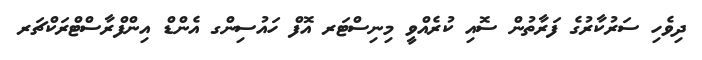
ދިވެހި ސަރުކާރުގެ ފަރާތުން ސޮއި ކުރެއްވީ މިނިސްޓަރ އޮފް ހައުސިންގ އެންޑް އިންފްރާސްޓްރަކްޗަރ